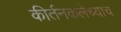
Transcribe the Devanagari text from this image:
कीर्तनकलेच्याच